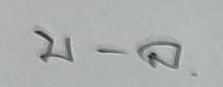
บ - ล